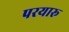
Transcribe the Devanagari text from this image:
परयारू